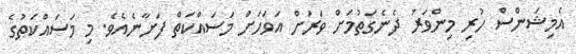
އެމިޝަންސް ހުރި މިންވަރު ދެނެގަތުމަށް ވަރަށް އަވަހަށް މަސައްކަތް ފަށާނެއެވެ. މި މަސައްކަތުގެ